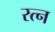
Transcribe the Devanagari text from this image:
रत्‍न